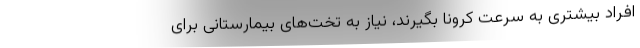
افراد بیشتری به سرعت کرونا بگیرند، نیاز به تخت‌های بیمارستانی برای